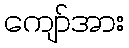
ကျော်အား